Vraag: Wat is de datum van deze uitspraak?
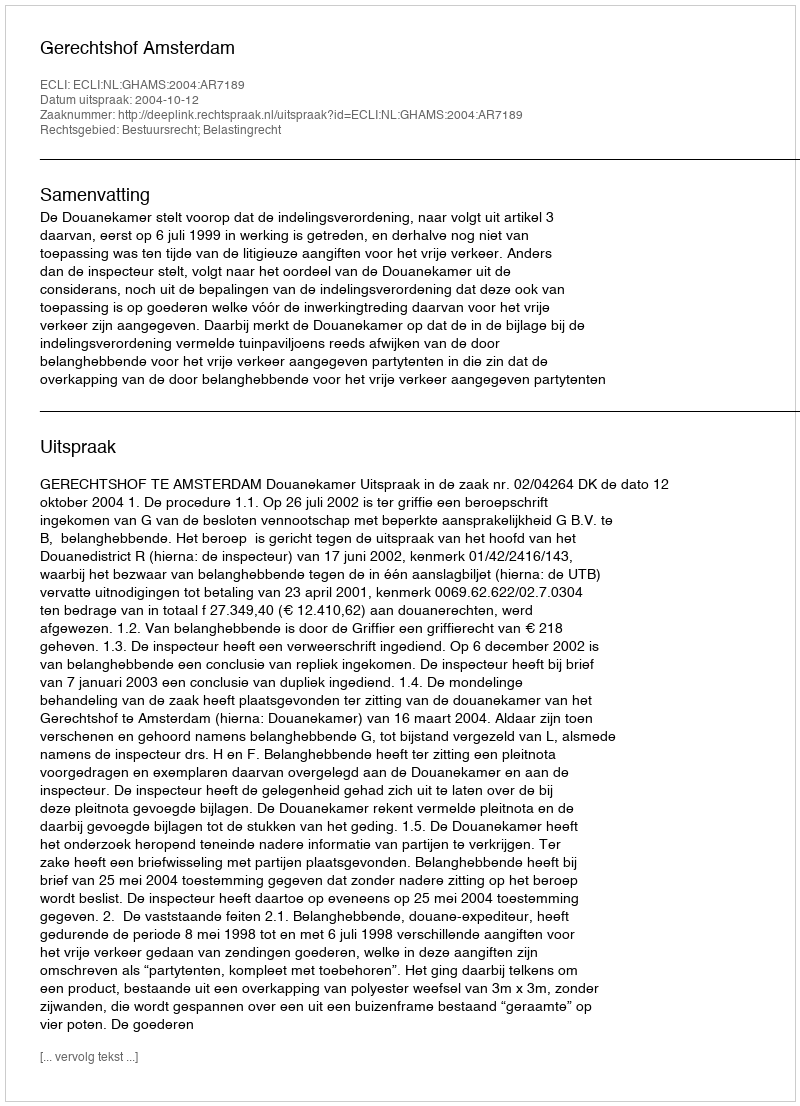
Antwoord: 2004-10-12